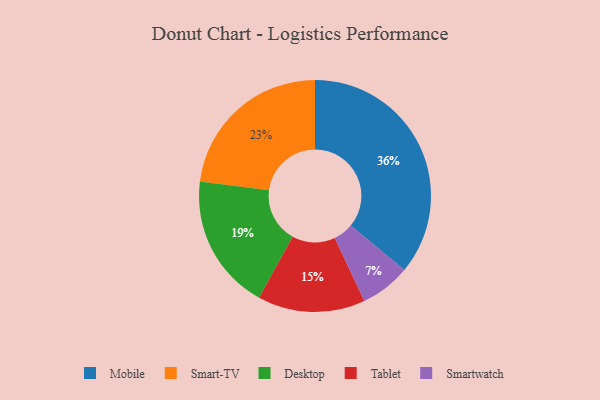
{"axis": {"x": "Category", "y": "Percentage"}, "legend": ["Desktop", "Mobile", "Smart-TV", "Smartwatch", "Tablet"], "data": [{"x": "Smartwatch", "y": 7, "type": "Smartwatch"}, {"x": "Mobile", "y": 36, "type": "Mobile"}, {"x": "Smart-TV", "y": 23, "type": "Smart-TV"}, {"x": "Desktop", "y": 19, "type": "Desktop"}, {"x": "Tablet", "y": 15, "type": "Tablet"}]}